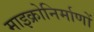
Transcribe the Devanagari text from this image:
माइक्रोनिर्माणों